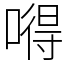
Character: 嘚